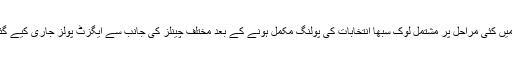
بھارت میں کئی مراحل پر مشتمل لوک سبھا انتخابات کی پولنگ مکمل ہونے کے بعد مختلف چینلز کی جانب سے ایگزٹ پولز جاری کیے گئے ہیں ۔